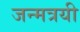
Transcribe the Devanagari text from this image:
जन्मत्रयी